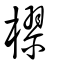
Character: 樛